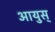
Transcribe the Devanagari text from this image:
आयुस्‌